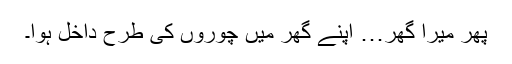
پھر میرا گھر… اپنے گھر میں چوروں کی طرح داخل ہوا۔